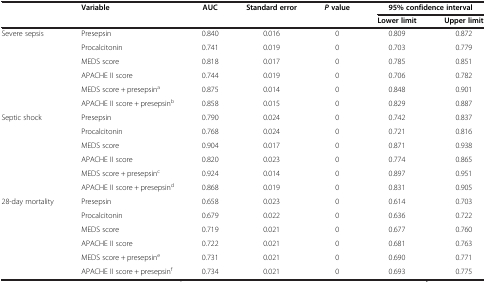
|  | Variable | AUC | Standard error | P value | <COLSPAN=2> 95% confidence interval |
 |  |  |  |  |  | Lower limit | Upper limit |
 | --- | --- | --- | --- | --- | --- | --- |
 | Severe sepsis | Presepsin | 0.840 | 0.016 | 0 | 0.809 | 0.872 |
 |  | Procalcitonin | 0.741 | 0.019 | 0 | 0.703 | 0.779 |
 |  | MEDS score | 0.818 | 0.017 | 0 | 0.785 | 0.851 |
 |  | APACHE II score | 0.744 | 0.019 | 0 | 0.706 | 0.782 |
 |  | MEDS score + presepsina | 0.875 | 0.014 | 0 | 0.848 | 0.901 |
 |  | APACHE II score + presepsinb | 0.858 | 0.015 | 0 | 0.829 | 0.887 |
 | Septic shock | Presepsin | 0.790 | 0.024 | 0 | 0.742 | 0.837 |
 |  | Procalcitonin | 0.768 | 0.024 | 0 | 0.721 | 0.816 |
 |  | MEDS score | 0.904 | 0.017 | 0 | 0.871 | 0.938 |
 |  | APACHE II score | 0.820 | 0.023 | 0 | 0.774 | 0.865 |
 |  | MEDS score + presepsinc | 0.924 | 0.014 | 0 | 0.897 | 0.951 |
 |  | APACHE II score + presepsind | 0.868 | 0.019 | 0 | 0.831 | 0.905 |
 | 28-day mortality | Presepsin | 0.658 | 0.023 | 0 | 0.614 | 0.703 |
 |  | Procalcitonin | 0.679 | 0.022 | 0 | 0.636 | 0.722 |
 |  | MEDS score | 0.719 | 0.021 | 0 | 0.677 | 0.760 |
 |  | APACHE II score | 0.722 | 0.021 | 0 | 0.681 | 0.763 |
 |  | MEDS score + presepsine | 0.731 | 0.021 | 0 | 0.690 | 0.771 |
 |  | APACHE II score + presepsinf | 0.734 | 0.021 | 0 | 0.693 | 0.775 |